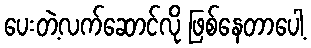
ပေးတဲ့လက်ဆောင်လို ဖြစ်နေတာပေါ့